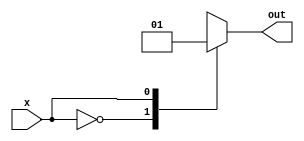
module x_based_case_statement (
    input wire x,
    output reg out
);

always @(x) begin
    case (x)
        1'b0: out = 1'b0; // If x is 0
        1'b1: out = 1'b1; // If x is 1
        default: out = 1'bx; // If x is unknown or uninitialized
    endcase
end

endmodule